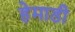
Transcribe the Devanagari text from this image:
हेमाडी